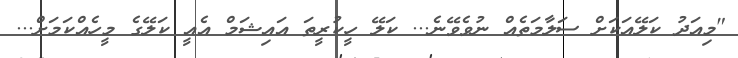
"މިއަދު ކަލޭއަކަށް ސަލާމަތެއް ނުވެވޭނެ... ކަލޭ ހީކުރީތަ އައިޝަމް އެއީ ކަލޭގެ މީހެއްކަމަށް...